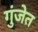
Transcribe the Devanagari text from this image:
गुंजेत